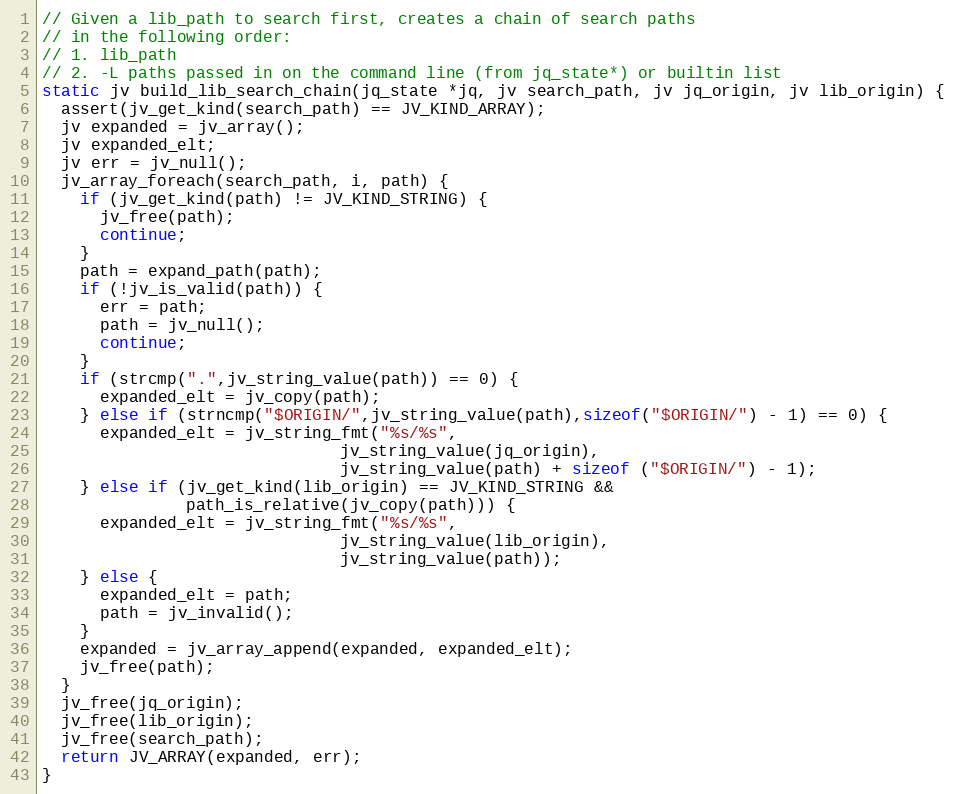
Language: C
// Given a lib_path to search first, creates a chain of search paths
// in the following order:
// 1. lib_path
// 2. -L paths passed in on the command line (from jq_state*) or builtin list
static jv build_lib_search_chain(jq_state *jq, jv search_path, jv jq_origin, jv lib_origin) {
  assert(jv_get_kind(search_path) == JV_KIND_ARRAY);
  jv expanded = jv_array();
  jv expanded_elt;
  jv err = jv_null();
  jv_array_foreach(search_path, i, path) {
    if (jv_get_kind(path) != JV_KIND_STRING) {
      jv_free(path);
      continue;
    }
    path = expand_path(path);
    if (!jv_is_valid(path)) {
      err = path;
      path = jv_null();
      continue;
    }
    if (strcmp(".",jv_string_value(path)) == 0) {
      expanded_elt = jv_copy(path);
    } else if (strncmp("$ORIGIN/",jv_string_value(path),sizeof("$ORIGIN/") - 1) == 0) {
      expanded_elt = jv_string_fmt("%s/%s",
                               jv_string_value(jq_origin),
                               jv_string_value(path) + sizeof ("$ORIGIN/") - 1);
    } else if (jv_get_kind(lib_origin) == JV_KIND_STRING &&
               path_is_relative(jv_copy(path))) {
      expanded_elt = jv_string_fmt("%s/%s",
                               jv_string_value(lib_origin),
                               jv_string_value(path));
    } else {
      expanded_elt = path;
      path = jv_invalid();
    }
    expanded = jv_array_append(expanded, expanded_elt);
    jv_free(path);
  }
  jv_free(jq_origin);
  jv_free(lib_origin);
  jv_free(search_path);
  return JV_ARRAY(expanded, err);
}